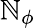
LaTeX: \mathbb{N}_{\phi}